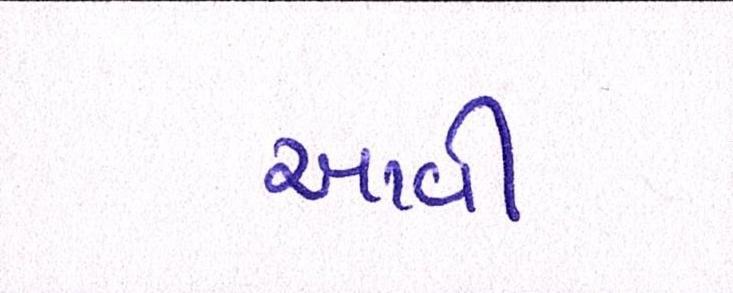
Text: આવી